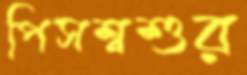
পিসশ্বশুর